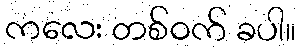
ကလေး တစ်ဝက် ခပါ။